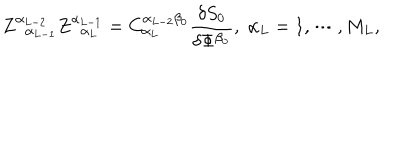
Z _ { \; \; \alpha _ { L - 1 } } ^ { \alpha _ { L - 2 } } Z _ { \; \; \alpha _ { L } } ^ { \alpha _ { L - 1 } } = C _ { \alpha _ { L } } ^ { \alpha _ { L - 2 } \beta _ { 0 } } \frac { \delta S _ { 0 } } { \delta \Phi ^ { \beta _ { 0 } } } , \; \alpha _ { L } = 1 , \cdots , M _ { L } ,